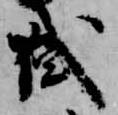
或